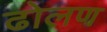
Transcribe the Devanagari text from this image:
ढोलण